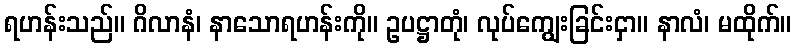
ရဟန်းသည်။ ဂိလာနံ၊ နာသောရဟန်းကို။ ဥပဋ္ဌာတုံ၊ လုပ်ကျွေးခြင်းငှာ။ နာလံ၊ မထိုက်။